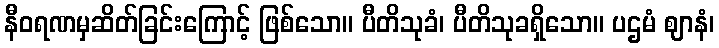
နီဝရဏမှဆိတ်ခြင်းကြောင့် ဖြစ်သော။ ပီတိသုခံ၊ ပီတိသုခရှိသော။ ပဌမံ ဈာနံ၊